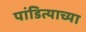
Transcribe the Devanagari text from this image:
पांडित्याच्या